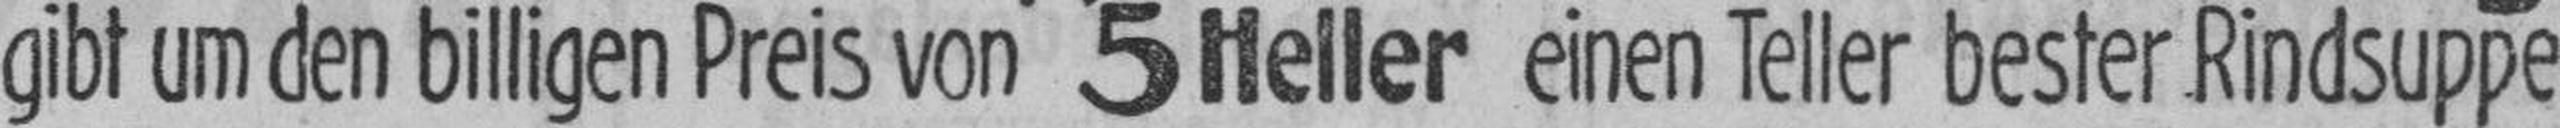
gibt um den billigen Preis von 5 Heller einen Teller bester Rindsuppe